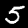
Digit: 5